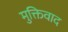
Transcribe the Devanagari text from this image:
मुक्तिवाद